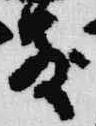
散